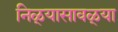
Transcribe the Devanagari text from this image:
निळ्यासावळ्या